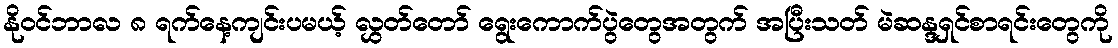
နိုဝင်ဘာလ ၈ ရက်နေ့ကျင်းပမယ့် လွှတ်တော် ရွေးကောက်ပွဲတွေအတွက် အပြီးသတ် မဲဆန္ဒရှင်စာရင်းတွေကို